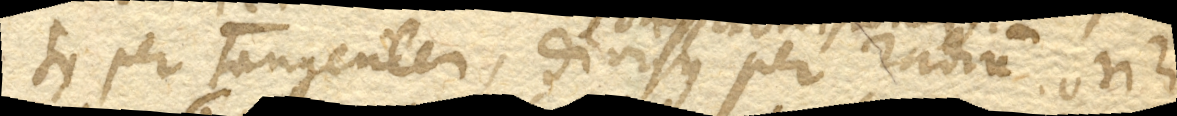
tus per tangentem, divisus per radium (omisit divisionem) oriri